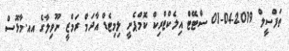
ތަފްސީލް 2019-04-01 ސްޓޭޓް އިލެކްޓްރިކް ކޮމްޕެނީ ލިމިޓެޑް އާދަމް ރަމްޒީ ނޫވިލާގެ އއ.މާޅޮސް